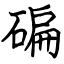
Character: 碥